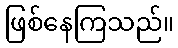
ဖြစ်နေကြသည်။